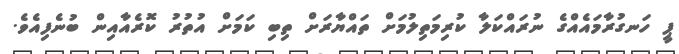
ޕީ ހަނގުރާމައެއްގެ ނުރައްކަލާ ކުރިމަތިލުމަށް ތައްޔާރަށް ތިބި ކަމަށް އުތުރު ކޮރެއާއިން ބުނެފިއެވެ.